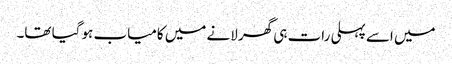
میں اسے پہلی رات ہی گھر لانے میں کامیاب ہو گیا تھا۔